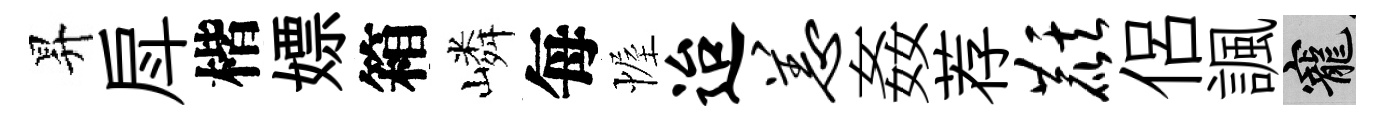
昇戽楷嫖箱嶙每幄迨恙姦荐麒侶諷寵